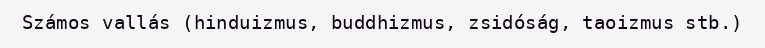
Számos vallás (hinduizmus, buddhizmus, zsidóság, taoizmus stb.)